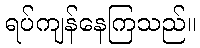
ရပ်ကျန်နေကြသည်။